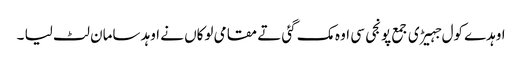
اوہدے کول جہیڑی جمع پونجی سی اوہ مک گئی تے مقامی لوکاں نے اوہد سامان لٹ لیا ۔